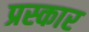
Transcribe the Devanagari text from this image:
प्रस्कार